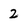
Character: 2